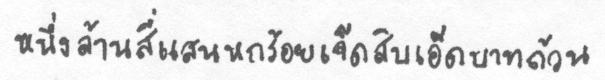
หนึ่งล้านสี่แสนหกร้อยเจ็ดสิบเอ็ดบาทถ้วน